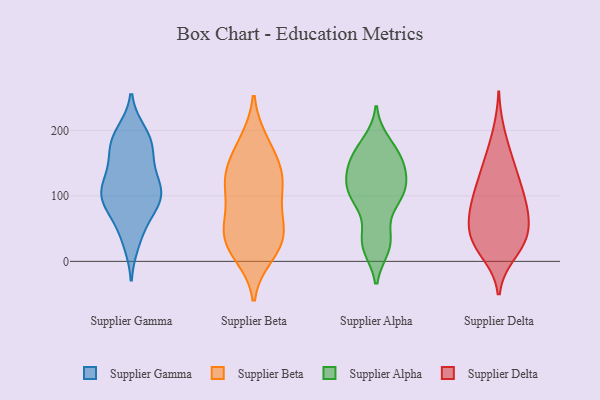
{"axis": {"x": "Demand Index", "y": "Value"}, "legend": ["Supplier Alpha", "Supplier Beta", "Supplier Delta", "Supplier Gamma"], "data": [{"x": "", "y": 179, "type": "Supplier Gamma"}, {"x": "", "y": 177, "type": "Supplier Gamma"}, {"x": "", "y": 38, "type": "Supplier Gamma"}, {"x": "", "y": 100, "type": "Supplier Gamma"}, {"x": "", "y": 105, "type": "Supplier Gamma"}, {"x": "", "y": 130, "type": "Supplier Gamma"}, {"x": "", "y": 106, "type": "Supplier Gamma"}, {"x": "", "y": 195, "type": "Supplier Gamma"}, {"x": "", "y": 102, "type": "Supplier Gamma"}, {"x": "", "y": 29, "type": "Supplier Gamma"}, {"x": "", "y": 168, "type": "Supplier Gamma"}, {"x": "", "y": 197, "type": "Supplier Gamma"}, {"x": "", "y": 146, "type": "Supplier Gamma"}, {"x": "", "y": 78, "type": "Supplier Gamma"}, {"x": "", "y": 92, "type": "Supplier Gamma"}, {"x": "", "y": 88, "type": "Supplier Gamma"}, {"x": "", "y": 112, "type": "Supplier Gamma"}, {"x": "", "y": 129, "type": "Supplier Gamma"}, {"x": "", "y": 68, "type": "Supplier Gamma"}, {"x": "", "y": 180, "type": "Supplier Gamma"}, {"x": "", "y": 73, "type": "Supplier Beta"}, {"x": "", "y": 27, "type": "Supplier Beta"}, {"x": "", "y": 134, "type": "Supplier Beta"}, {"x": "", "y": 178, "type": "Supplier Beta"}, {"x": "", "y": 18, "type": "Supplier Beta"}, {"x": "", "y": 116, "type": "Supplier Beta"}, {"x": "", "y": 49, "type": "Supplier Beta"}, {"x": "", "y": 111, "type": "Supplier Beta"}, {"x": "", "y": 135, "type": "Supplier Beta"}, {"x": "", "y": 10, "type": "Supplier Beta"}, {"x": "", "y": 183, "type": "Supplier Beta"}, {"x": "", "y": 116, "type": "Supplier Beta"}, {"x": "", "y": 48, "type": "Supplier Beta"}, {"x": "", "y": 63, "type": "Supplier Beta"}, {"x": "", "y": 30, "type": "Supplier Beta"}, {"x": "", "y": 148, "type": "Supplier Beta"}, {"x": "", "y": 144, "type": "Supplier Alpha"}, {"x": "", "y": 103, "type": "Supplier Alpha"}, {"x": "", "y": 152, "type": "Supplier Alpha"}, {"x": "", "y": 166, "type": "Supplier Alpha"}, {"x": "", "y": 102, "type": "Supplier Alpha"}, {"x": "", "y": 103, "type": "Supplier Alpha"}, {"x": "", "y": 26, "type": "Supplier Alpha"}, {"x": "", "y": 97, "type": "Supplier Alpha"}, {"x": "", "y": 25, "type": "Supplier Alpha"}, {"x": "", "y": 140, "type": "Supplier Alpha"}, {"x": "", "y": 171, "type": "Supplier Alpha"}, {"x": "", "y": 182, "type": "Supplier Alpha"}, {"x": "", "y": 135, "type": "Supplier Alpha"}, {"x": "", "y": 97, "type": "Supplier Alpha"}, {"x": "", "y": 123, "type": "Supplier Alpha"}, {"x": "", "y": 21, "type": "Supplier Alpha"}, {"x": "", "y": 47, "type": "Supplier Alpha"}, {"x": "", "y": 37, "type": "Supplier Delta"}, {"x": "", "y": 24, "type": "Supplier Delta"}, {"x": "", "y": 40, "type": "Supplier Delta"}, {"x": "", "y": 15, "type": "Supplier Delta"}, {"x": "", "y": 33, "type": "Supplier Delta"}, {"x": "", "y": 88, "type": "Supplier Delta"}, {"x": "", "y": 108, "type": "Supplier Delta"}, {"x": "", "y": 71, "type": "Supplier Delta"}, {"x": "", "y": 99, "type": "Supplier Delta"}, {"x": "", "y": 64, "type": "Supplier Delta"}, {"x": "", "y": 156, "type": "Supplier Delta"}, {"x": "", "y": 46, "type": "Supplier Delta"}, {"x": "", "y": 81, "type": "Supplier Delta"}, {"x": "", "y": 61, "type": "Supplier Delta"}, {"x": "", "y": 159, "type": "Supplier Delta"}, {"x": "", "y": 103, "type": "Supplier Delta"}, {"x": "", "y": 11, "type": "Supplier Delta"}, {"x": "", "y": 127, "type": "Supplier Delta"}, {"x": "", "y": 198, "type": "Supplier Delta"}, {"x": "", "y": 137, "type": "Supplier Delta"}]}